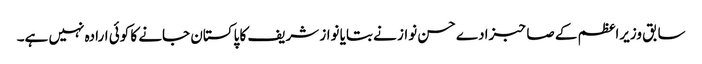
سابق وزیراعظم کے صاحبزادے حسن نواز نے بتایا نواز شریف کا پاکستان جانے کا کوئی ارادہ نہیں ہے۔